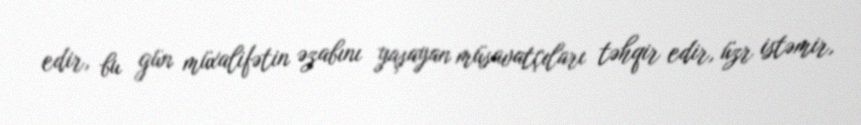
edir, bu gün müxalifətin əzabını yaşayan müsavatçıları təhqir edir, üzr istəmir,